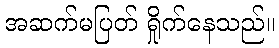
အဆက်မပြတ် ရှိုက်နေသည်။